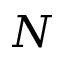
N